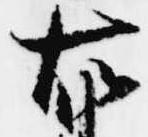
右